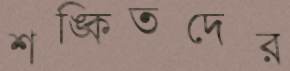
শঙ্কিতদের